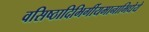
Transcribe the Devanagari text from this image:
वसिष्ठादिभिर्गीयमानाभिधेये